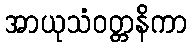
အာယုသံဝတ္တနိကာ